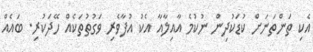
އެކި ތަންތަނަށް ކުޑަކުދިން ނުކުމެ އާއިލާއާ އެކު އުފާވެރި ވަގުތުތަކެއް ހޭދަކުރި. ބައެއް